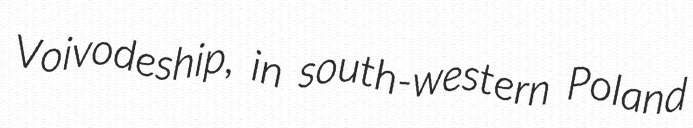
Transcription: Voivodeship, in south-western Poland